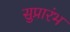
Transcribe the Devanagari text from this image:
सुप्रारंभ